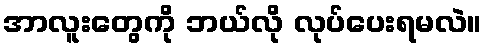
အာလူးတွေကို ဘယ်လို လုပ်ပေးရမလဲ။